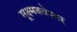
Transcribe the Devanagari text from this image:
सूक्ष्मक्वेसार